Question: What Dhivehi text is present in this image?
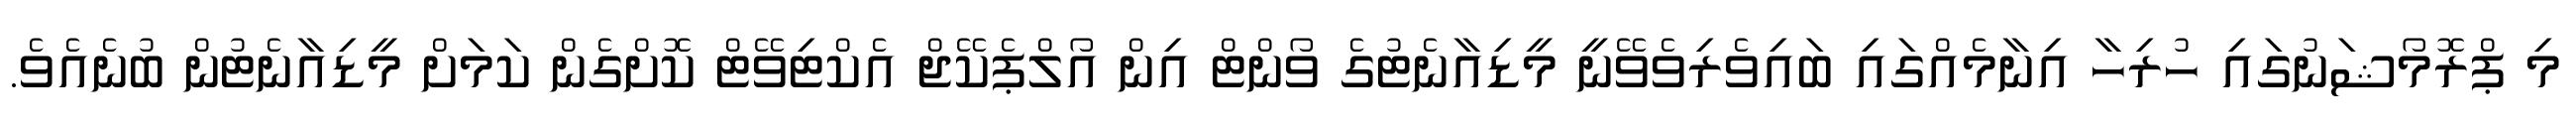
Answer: މި ޕްރޮމޯޝަނުގައި ހުރިހާ އިނާމެއްގައި ބައިވެރިވެވޭނީ މީޑިއާނެޓުގެ ވޯންޓް އިން އޯލްޕެކޭޖް އެކްޓިވޭޓް ކޮށްގެން ކަމަށް މީޑިއާނެޓުން ބުނެއެވެ.